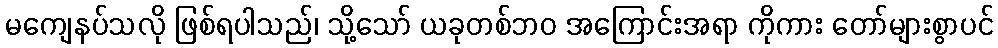
မကျေနပ်သလို ဖြစ်ရပါသည်၊ သို့သော် ယခုတစ်ဘဝ အကြောင်းအရာ ကိုကား တော်များစွာပင်